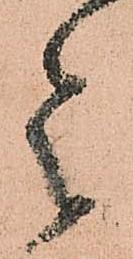
令